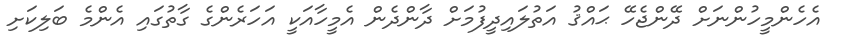
އެހެންމީހުންނަށް ދޭންޖެހޭ ޙައްޤު އަތުލައިދީފުމަށް ދާންދެން އެމީހާއަކީ އަހަރެންގެ ގާތުގައި އެންމެ ބަލިކަށި